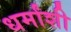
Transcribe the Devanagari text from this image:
धर्मांशी